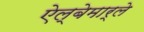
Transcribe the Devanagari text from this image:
ऐल्बेमार्ले